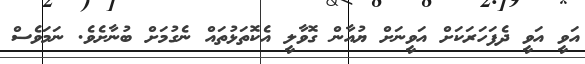
އަވީ އަވީ ދެފަހަރަކަށް އަވީނަށް ޔުއާން ގޮވާލީ އެކޮތަޅުތައް ނެގުމަށް ބުނާށެވެ. ނަމަވެސް